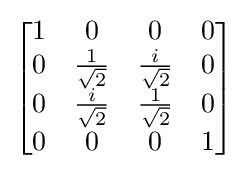
{\begin{bmatrix}1&0&0&0\\0&{\frac {1}{\sqrt {2}}}&{\frac {i}{\sqrt {2}}}&0\\0&{\frac {i}{\sqrt {2}}}&{\frac {1}{\sqrt {2}}}&0\\0&0&0&1\end{bmatrix}}